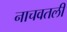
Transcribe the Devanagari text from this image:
नाचवतली